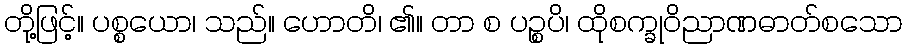
တို့ဖြင့်။ ပစ္စယော၊ သည်။ ဟောတိ၊ ၏။ တာ စ ပဉ္စပိ၊ ထိုစက္ခုဝိညာဏဓာတ်စသော